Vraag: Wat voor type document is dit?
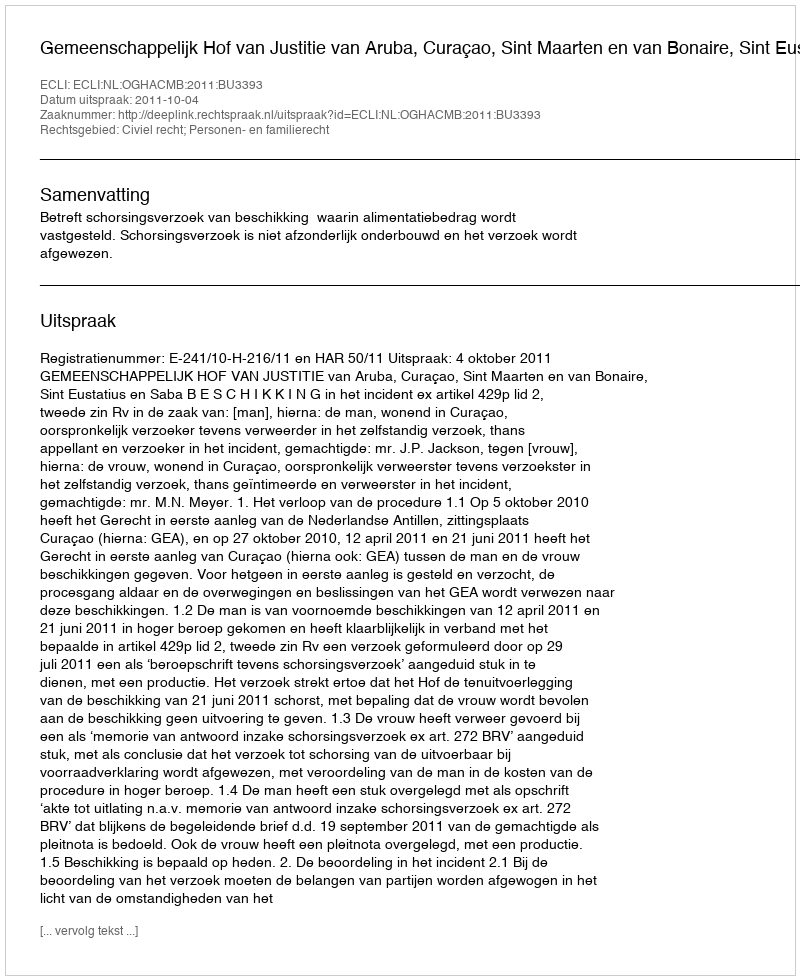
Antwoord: Uitspraak